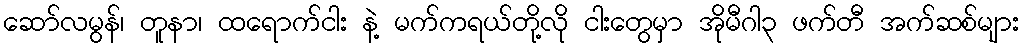
ဆော်လမွန်၊ တူနာ၊ ထရောက်ငါး နဲ့ မက်ကရယ်တို့လို ငါးတွေမှာ အိုမီဂါ၃ ဖက်တီ အက်ဆစ်များ